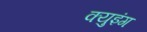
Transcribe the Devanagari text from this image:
क्युइंग